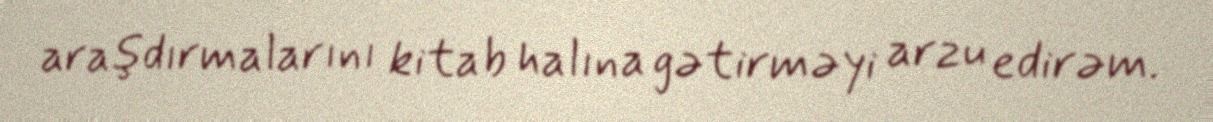
araşdırmalarını kitab halına gətirməyi arzu edirəm.